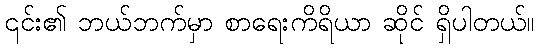
၎င်း၏ ဘယ်ဘက်မှာ စာရေးကိရိယာ ဆိုင် ရှိပါတယ်။